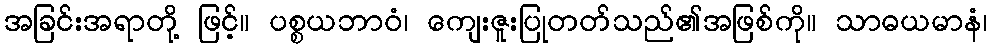
အခြင်းအရာတို့ ဖြင့်။ ပစ္စယဘာဝံ၊ ကျေးဇူးပြုတတ်သည်၏အဖြစ်ကို။ သာဓယမာနံ၊